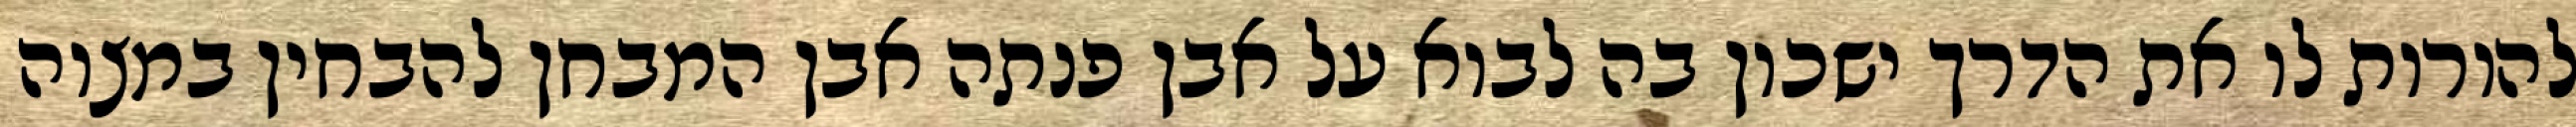
להורות לו את הדרך ישכון בה לבוא על אבן פנתה אבן המבחן להבחין במצוה